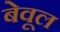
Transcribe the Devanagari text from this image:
बेवूल